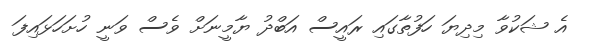
އެ ޝަކުވާ މިދިޔަ ހަފުތާގައި ރައީސް އަބްދު ޔާމީނަށް ވެސް ވަނީ ހުށަހަޅައިފަ